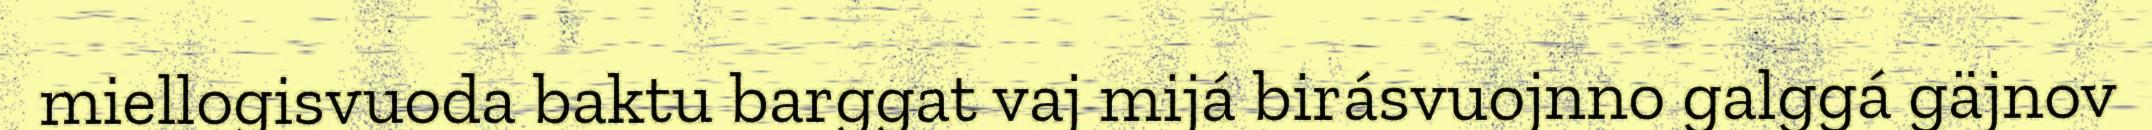
miellogisvuoda baktu barggat vaj mijá birásvuojnno galggá gäjnov